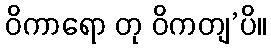
ဝိကာရော တု ဝိကတျ’ပိ။